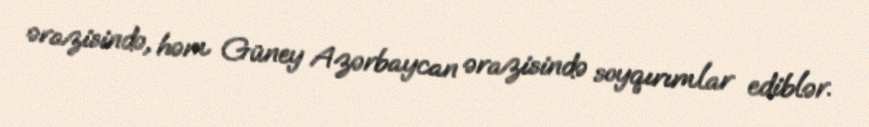
ərazisində, həm Güney Azərbaycan ərazisində soyqırımlar ediblər.